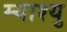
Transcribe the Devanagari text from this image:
म्याश्यु